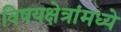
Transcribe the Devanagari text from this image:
विषयक्षेत्रांमध्ये